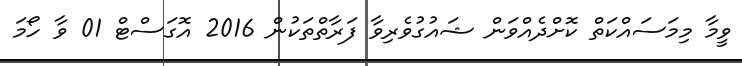
ވީމާ މިމަސައްކަތް ކޮށްދެއްވަން ޝައުގުވެރިވާ ފަރާތްތަކުން 2016 އޮގަސްޓް 01 ވާ ހޯމަ